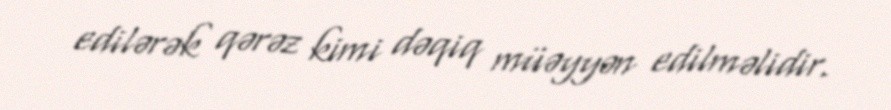
edilərək qərəz kimi dəqiq müəyyən edilməlidir.